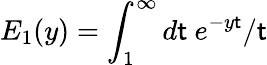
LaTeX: E_{1}(y)=\int_{1}^{\infty}d\mathsf{t}\ e^{-y\mathsf{t}}/\mathsf{t}